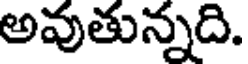
అవుతున్నది.